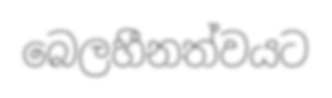
බෙලහීනත්වයට